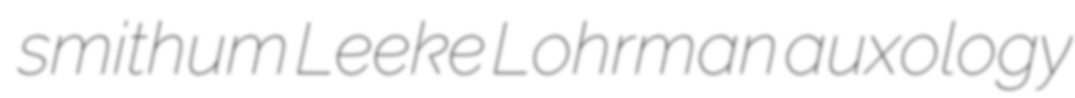
smithum Leeke Lohrman auxology